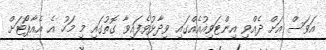
އަވަސް އަށް ދެއްވި އިންޓަވިއުއެއްގައި ވިދާޅުވެފައިވާ ގޮތުގައި މި މަހު އެ އެއާޕޯޓަށް